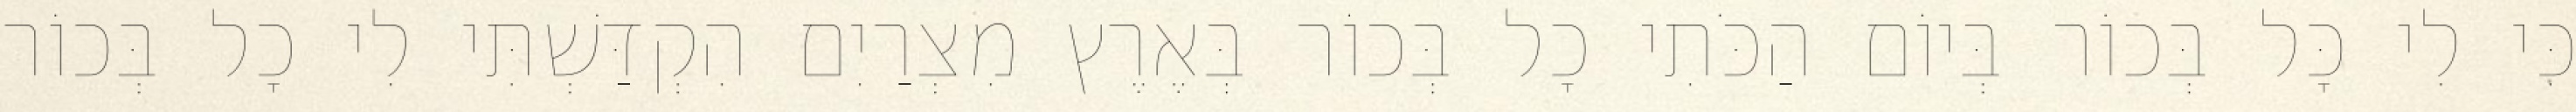
כִּי לִי כָּל בְּכוֹר בְּיוֹם הַכֹּתִי כָל בְּכוֹר בְּאֶרֶץ מִצְרַיִם הִקְדַּשְׁתִּי לִי כָל בְּכוֹר